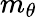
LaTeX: m_{\theta}